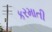
કરમાતી